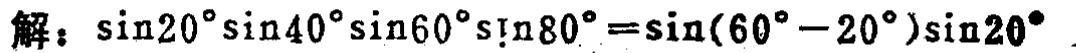
解：\(\sin20^{\circ}\sin40^{\circ}\sin60^{\circ}\sin80^{\circ}=\sin(60^{\circ}-20^{\circ})\sin20^{\circ}\)